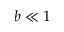
b \ll 1